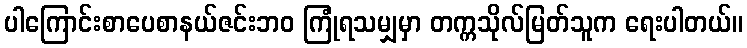
ပါကြောင်းစာပေစာနယ်ဇင်းဘဝ ကြုံရသမျှမှာ တက္ကသိုလ်မြတ်သူက ရေးပါတယ်။